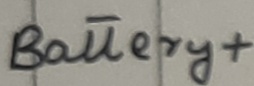
Text: Battery+